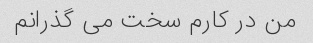
من در کارم سخت می گذرانم